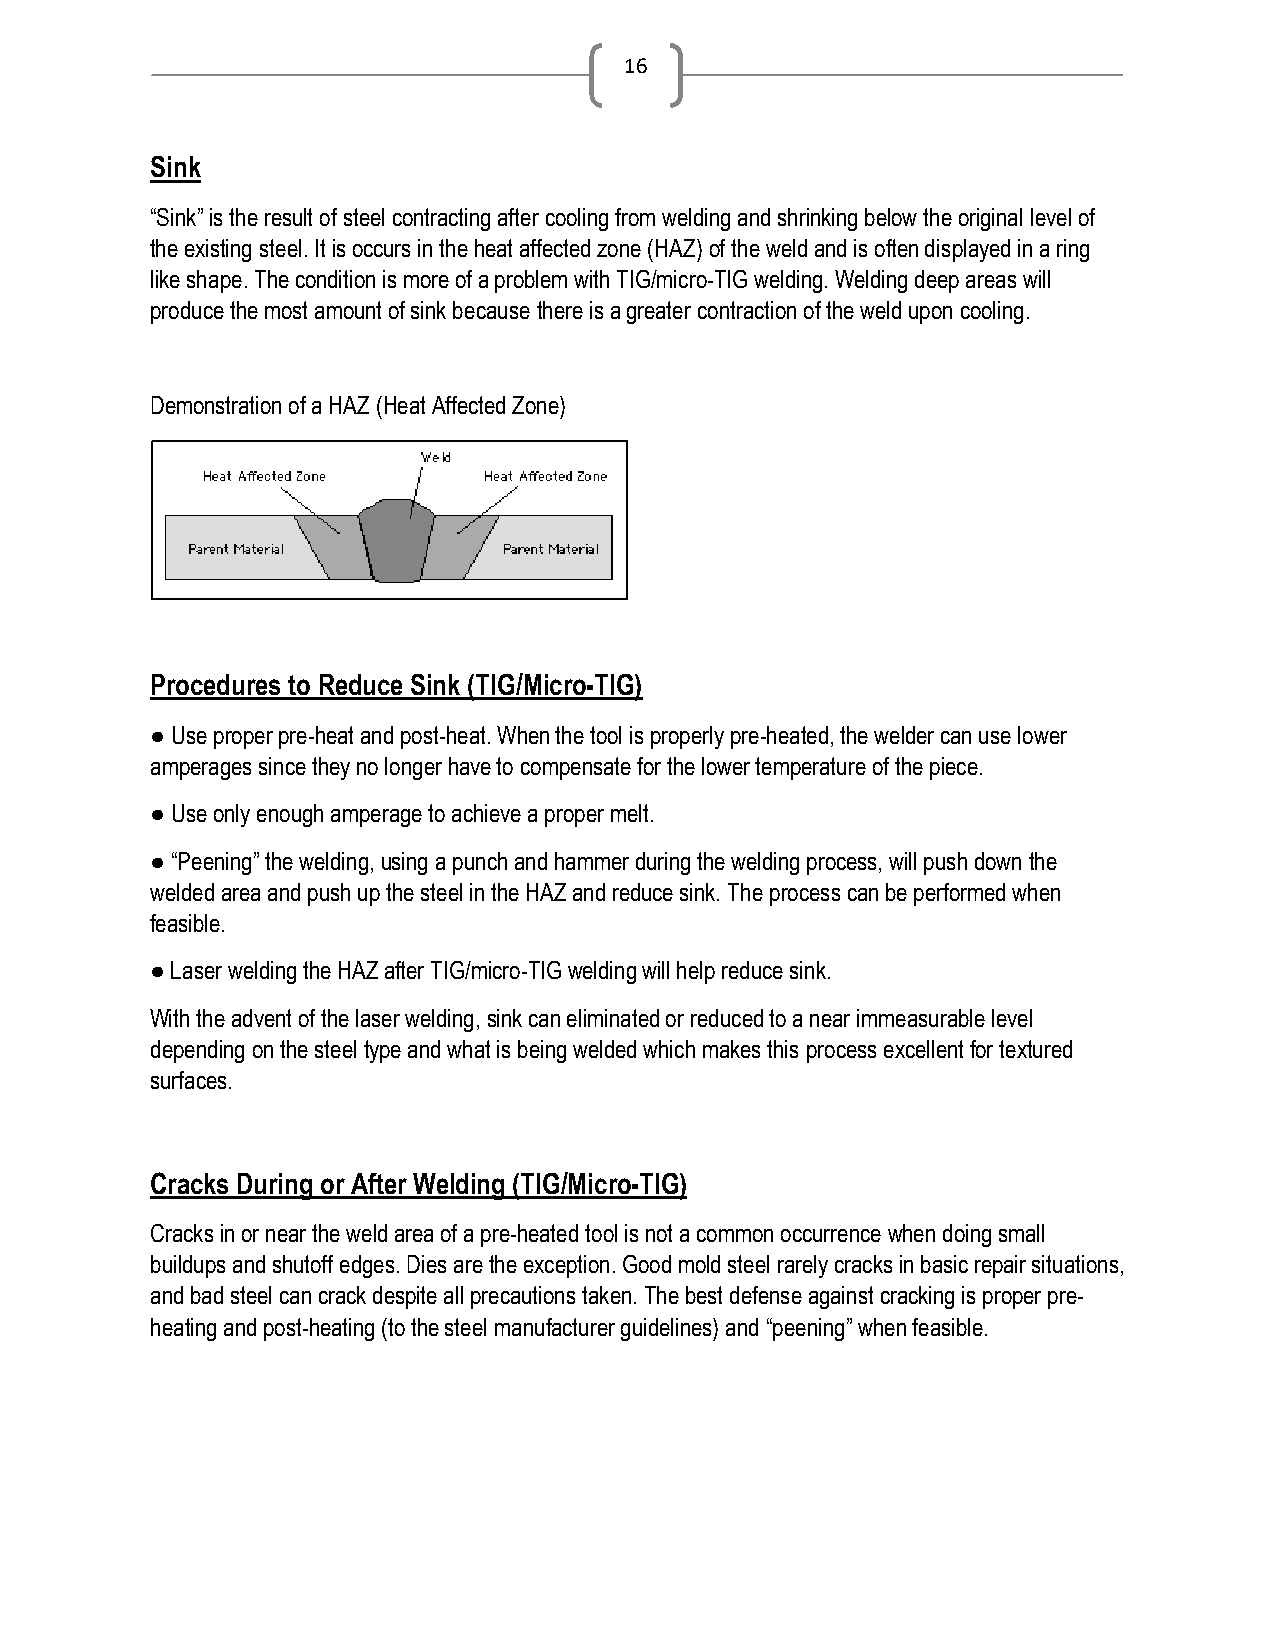
16
 Sink
 “Sink” is the result of steel contracting after cooling from welding and shrinking below the original level of
 the existing steel. It is occurs in the heat affected zone (HAZ) of the weld and is often displayed in a ring
 like shape. The condition is more of a problem with TIG/micro-TIG welding. Welding deep areas will
 produce the most amount of sink because there is a greater contraction of the weld upon cooling.
 Demonstration of a HAZ (Heat Affected Zone)
 Procedures to Reduce Sink (TIG/Micro-TIG)
 ● Use proper pre-heat and post-heat. When the tool is properly pre-heated, the welder can use lower
 amperages since they no longer have to compensate for the lower temperature of the piece.
 ● Use only enough amperage to achieve a proper melt.
 ● “Peening” the welding, using a punch and hammer during the welding process, will push down the
 welded area and push up the steel in the HAZ and reduce sink. The process can be performed when
 feasible.
 ● Laser welding the HAZ after TIG/micro-TIG welding will help reduce sink.
 With the advent of the laser welding, sink can eliminated or reduced to a near immeasurable level
 depending on the steel type and what is being welded which makes this process excellent for textured
 surfaces.
 Cracks During or After Welding (TIG/Micro-TIG)
 Cracks in or near the weld area of a pre-heated tool is not a common occurrence when doing small
 buildups and shutoff edges. Dies are the exception. Good mold steel rarely cracks in basic repair situations,
 and bad steel can crack despite all precautions taken. The best defense against cracking is proper pre-
 heating and post-heating (to the steel manufacturer guidelines) and “peening” when feasible.